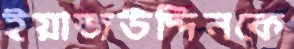
ইয়াজউদ্দিনকে